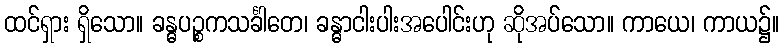
ထင်ရှား ရှိသော။ ခန္ဓပဉ္စကသင်္ခါတေ၊ ခန္ဓာငါးပါးအပေါင်းဟု ဆိုအပ်သော။ ကာယေ၊ ကာယ၌။